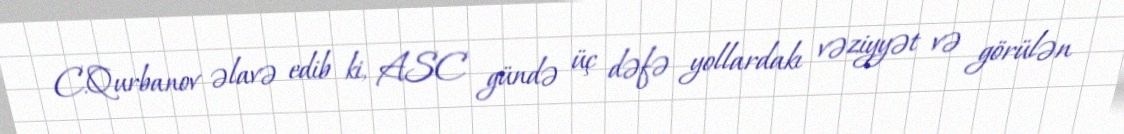
C.Qurbanov əlavə edib ki, ASC gündə üç dəfə yollardakı vəziyyət və görülən